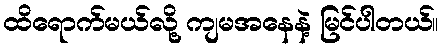
ထိရောက်မယ်လို့ ကျမအနေနဲ့ မြင်ပါတယ်။